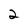
Character: 2